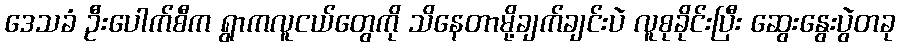
ဒေသခံ ဦးပေါက်စီက ရွာကလူငယ်တွေကို သိနေတာမို့ချက်ချင်းပဲ လူစုခိုင်းပြီး ဆွေးနွေးပွဲတခု